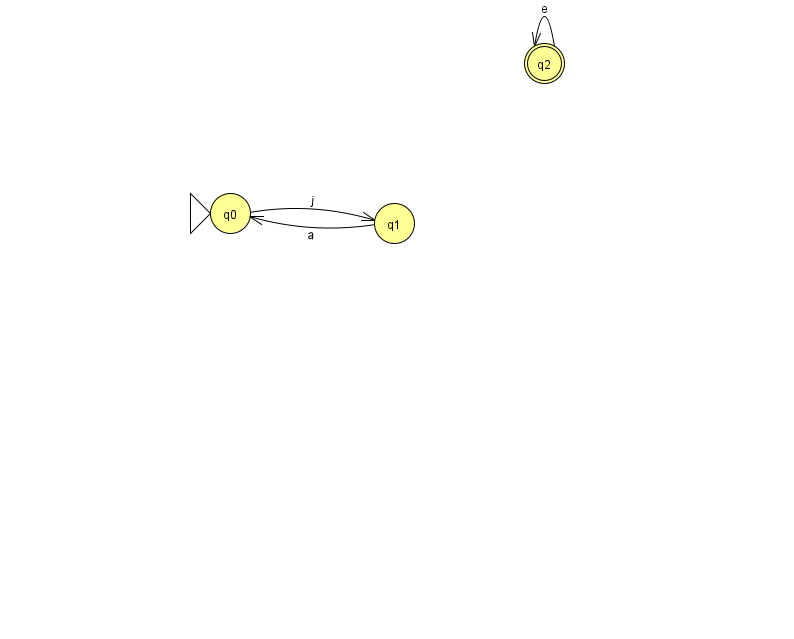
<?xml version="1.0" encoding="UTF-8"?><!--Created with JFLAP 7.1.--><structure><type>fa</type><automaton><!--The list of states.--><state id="0" name="q0"><x>230.0</x><y>200.0</y><initial/></state><state id="1" name="q1"><x>394.0</x><y>210.0</y></state><state id="2" name="q2"><x>544.0</x><y>50.0</y><final/></state><!--The list of transitions.--><transition><from>1</from><to>0</to><read>a</read></transition><transition><from>2</from><to>2</to><read>e</read></transition><transition><from>0</from><to>1</to><read>j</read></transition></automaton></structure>